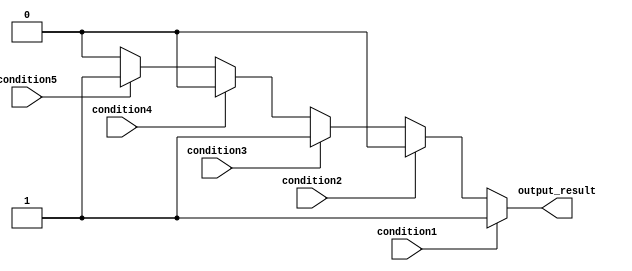
module multiple_if_else_statement (
    input wire condition1,
    input wire condition2,
    input wire condition3,
    input wire condition4,
    input wire condition5,
    output reg output_result
);

always @ (*) begin
    if (condition1) begin
        output_result = 1'b1;
    end
    else if (condition2) begin
        output_result = 1'b0;
    end
    else if (condition3) begin
        output_result = 1'b1;
    end
    else if (condition4) begin
        output_result = 1'b0;
    end
    else if (condition5) begin
        output_result = 1'b1;
    end
    else begin
        output_result = 1'b0;
    end
end

endmodule